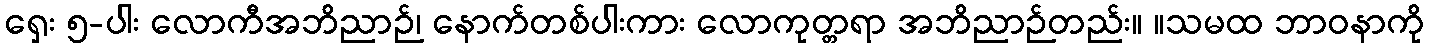
ရှေး ၅-ပါး လောကီအဘိညာဉ်၊ နောက်တစ်ပါးကား လောကုတ္တရာ အဘိညာဉ်တည်း။ ။သမထ ဘာဝနာကို